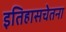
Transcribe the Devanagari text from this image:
इतिहासचेतना